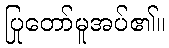
ပြုတော်မူအပ်၏။